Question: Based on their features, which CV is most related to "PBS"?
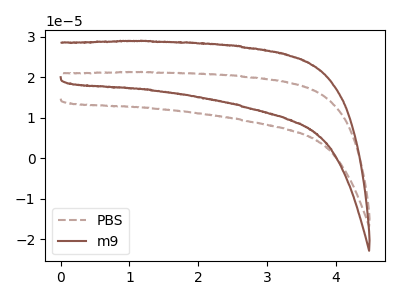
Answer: <think>The brown dashed curve "PBS" has no peaks. The brown curve "m9" has no peaks.
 Neither "PBS" or "m9" have any peaks.</think>
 <answer>The CV with the most similar shape to "m9" is "PBS".</answer>
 <eval>"PBS"</eval>